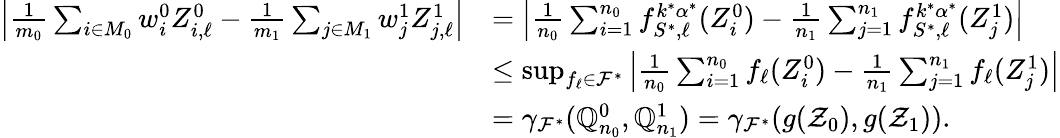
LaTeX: \begin{array}{rl}{\left|\frac{1}{m_{0}}\sum_{i\in M_{0}}w_{i}^{0}Z_{i,\ell}^{0}-\frac{1}{m_{1}}\sum_{j\in M_{1}}w_{j}^{1}Z_{j,\ell}^{1}\right|}&{=\left|\frac{1}{n_{0}}\sum_{i=1}^{n_{0}}f_{S^{*},\ell}^{k^{*}\alpha^{*}}(Z_{i}^{0})-\frac{1}{n_{1}}\sum_{j=1}^{n_{1}}f_{S^{*},\ell}^{k^{*}\alpha^{*}}(Z_{j}^{1})\right|}\\ &{\leq\operatorname*{sup}_{f_{\ell}\in\mathcal{F^{*}}}\left|\frac{1}{n_{0}}\sum_{i=1}^{n_{0}}f_{\ell}(Z_{i}^{0})-\frac{1}{n_{1}}\sum_{j=1}^{n_{1}}f_{\ell}(Z_{j}^{1})\right|}\\ &{=\gamma_{\mathcal{F}^{*}}(\mathbb{Q}_{n_{0}}^{0},\mathbb{Q}_{n_{1}}^{1})=\gamma_{\mathcal{F}^{*}}(g(\mathcal{Z}_{0}),g(\mathcal{Z}_{1})).}\end{array}